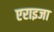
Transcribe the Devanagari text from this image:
एराइजा